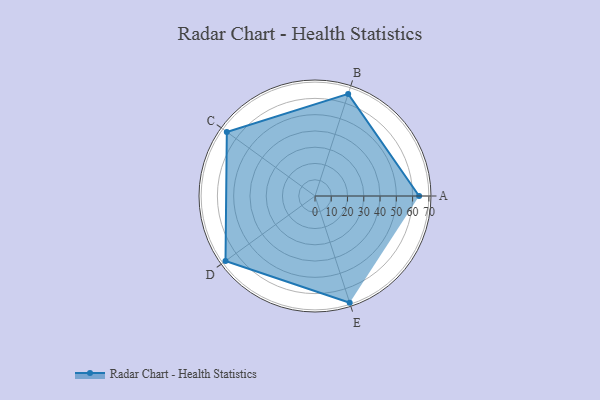
{"axis": {"x": "Skill", "y": "Score"}, "legend": ["Profile"], "data": [{"x": "A", "y": 64.0, "type": "Profile"}, {"x": "B", "y": 66.0, "type": "Profile"}, {"x": "C", "y": 67.0, "type": "Profile"}, {"x": "D", "y": 68.0, "type": "Profile"}, {"x": "E", "y": 69.0, "type": "Profile"}]}